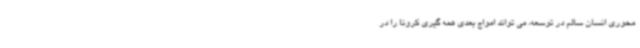
محوری انسان سالم در توسعه، می تواند امواج بعدی همه گیری کرونا را در